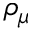
\rho _ { \mu }